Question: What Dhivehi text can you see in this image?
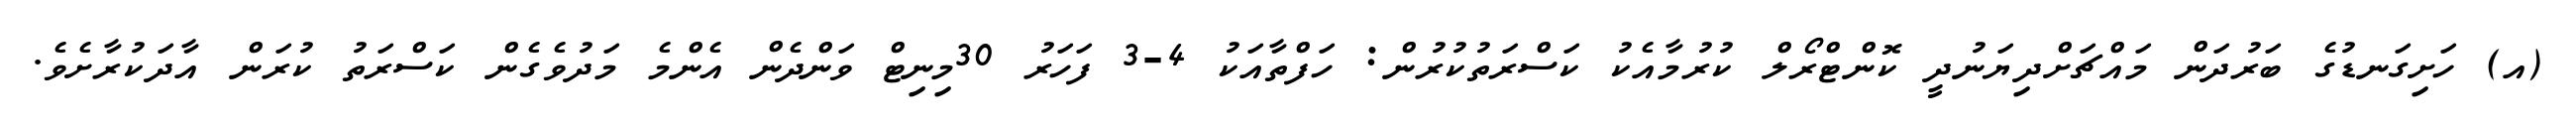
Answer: (އ) ހަށިގަނޑުގެ ބަރުދަން މައްޗަށްދިޔަނުދީ ކޮންޓްރޯލް ކުރުމާއެކު ކަސްރަތުކުރުން: ހަފްތާއަކު 4-3 ފަހަރު 30މިނިޓް ވަންދެން އެންމެ މަދުވެގެން ކަސްރަތު ކުރަން އާދަކުރާށެވެ.